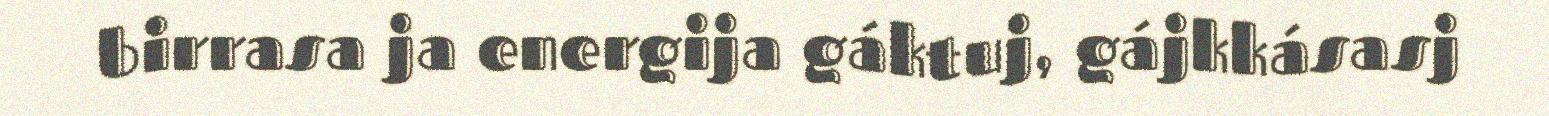
birrasa ja energija gáktuj, gájkkásasj